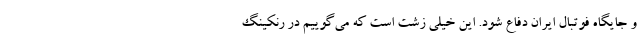
و جایگاه فوتبال ایران دفاع شود. این خیلی زشت است که می‌گوییم در رنکینگ